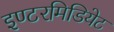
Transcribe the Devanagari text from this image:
इण्टरमिडियेट